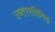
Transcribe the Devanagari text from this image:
उच्तरमधिमिक